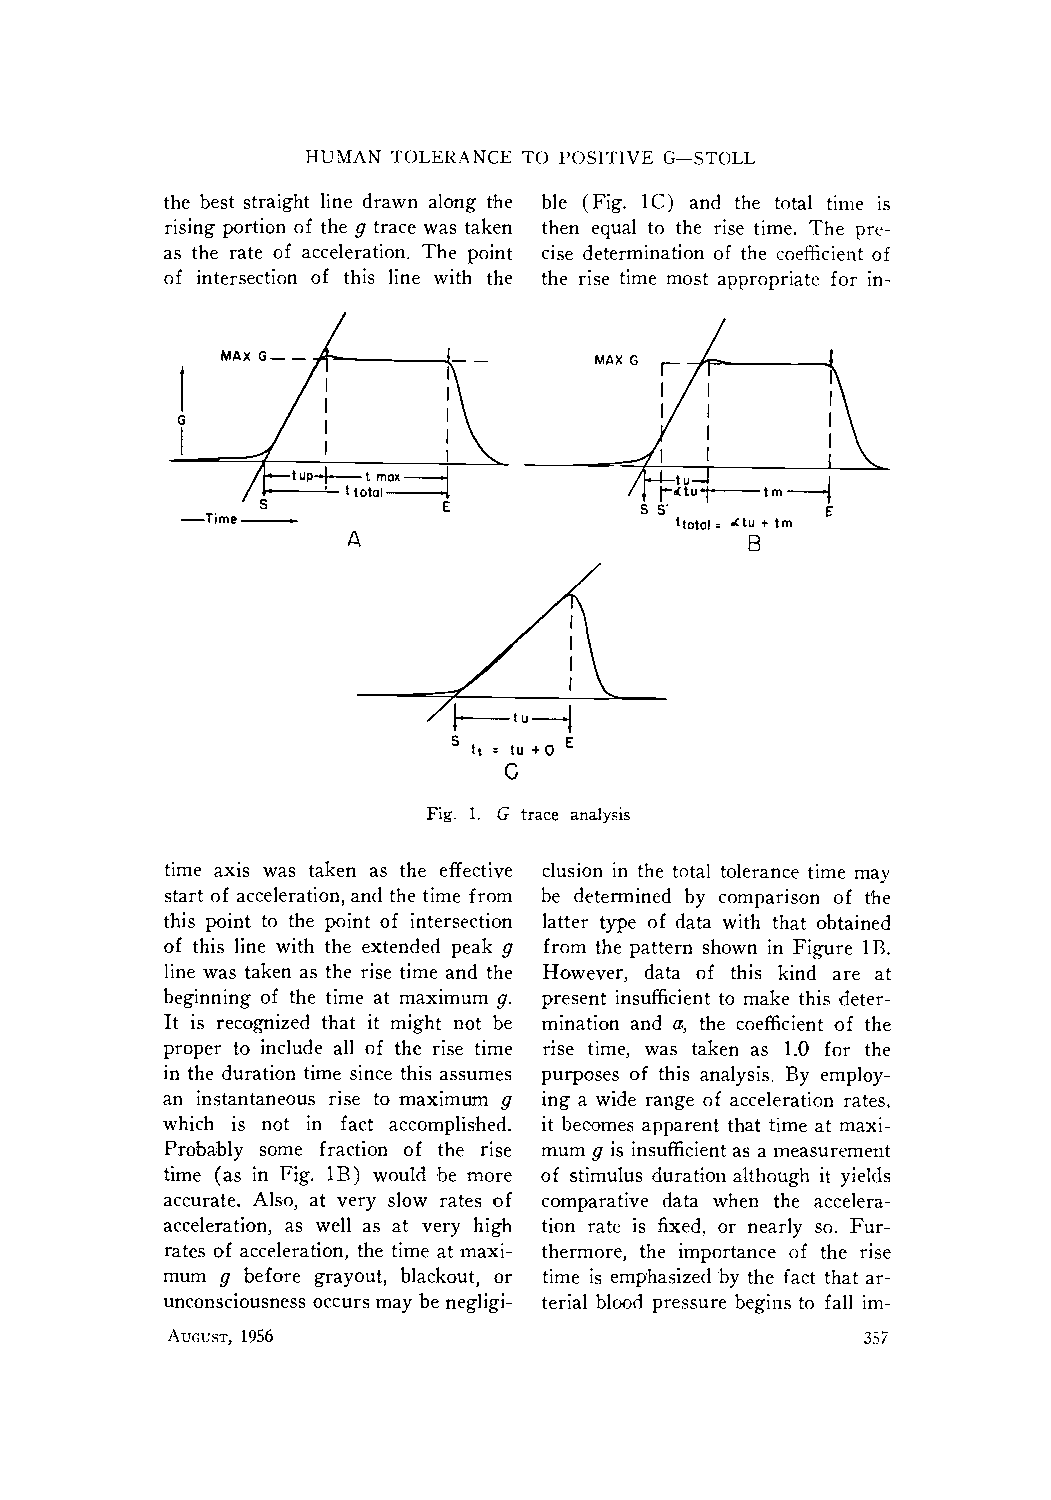
HUMAN TOLERANCE TO POSITIVE G--STOLL
 the best straight line drawn along tile ble (Fig. 1C) and the total time is
 rising portion of the g trace was taken then equal to the rise time. The pre-
 as the rate of acceleration. The point cise determination of the coefficient of
 of intersection of this line with the the rise time most appropriate for in-
 MAXG r--r      L
 l                               "/i
 '
 GI
 I  I
 /I-.--t,,~-l- t,~o~
 s    , ,,o,o, :l
 S S"        E
 E              ttotoI = Ktu +t rn
 --Time
 A                          B
 //1. ,u  .1
 S tt = tu-~ 0 E
 G
 Fig. 1. G trace analysis
 time axis was taken as the effective clusion in the total tolerance time may
 start of acceleration, and the time from be determined by comparison of the
 this point to the point of intersection latter type of data with that obtained
 of this line with the extended peak 9 from the pattern shown in Figure lB.
 line was taken as the rise time and the However, data of this kind are at
 beginning of the time at maximum g. present insufficient to make this deter-
 It is recognized that it might not be mination and a, the coefficient of the
 proper to include all of the rise time rise time, was taken as 1.0 for the
 in the duration time since this assumes purposes of this analysis. By employ-
 an instantaneous rise to maximum 9' ing a wide range of acceleration rates.
 which is not in fact accomplished. it becomes apparent that time at maxi-
 Probably some fraction of the rise mum g is insufficient as a measurement
 time (as in Fig. 1B) would ,be more of stimulus duration although it yields
 accurate. Also, at very slow rates of comparative data when the accelera-
 acceleration, as well as at very high tion rate is fixed, or nearly so. Fur-
 rates of acceleration, the time at maxi- thermore, the importance of the rise
 mum 9' before grayout, blackout, or time is emphasized 'by the fact that ar-
 unconsciousness occurs may be negligi- terial blood pressure begins to fall im-
 AUGUST, 1956                                  357